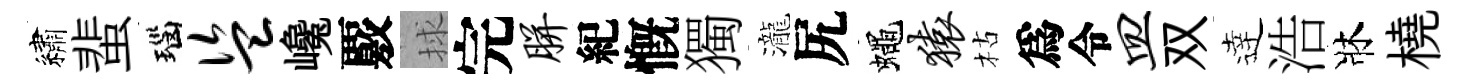
繡蜚瑙盗巉覈捄完胼紀慨獨瀧尻蠅猿枯爲令皿双逹浩牀橈